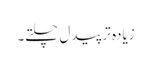
زیادہ تر پیدل چلتے۔